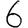
Digit: 6